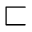
\sqsubset